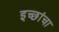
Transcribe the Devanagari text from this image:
इच्छांचा